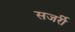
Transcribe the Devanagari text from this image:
सजर्री